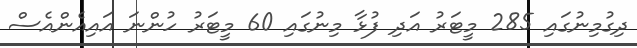
ދިގުމިނުގައި 285 މީޓަރު އަދި ފުޅާ މިނުގައި 60 މީޓަރު ހުންނަ އައިއެންއެސް